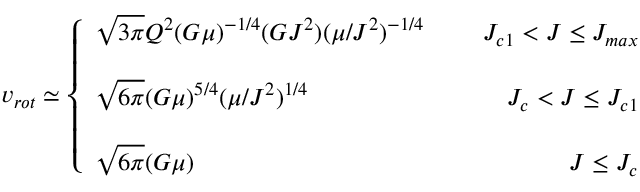
v _ { r o t } \simeq \left\{ \begin{array} { l r } { { \sqrt { 3 \pi } Q ^ { 2 } ( G \mu ) ^ { - 1 / 4 } ( G J ^ { 2 } ) ( \mu / J ^ { 2 } ) ^ { - 1 / 4 } } } & { { \; \; \; \; \; J _ { c 1 } < J \leq J _ { m a x } } } \\ { { } } & { { } } \\ { { \sqrt { 6 \pi } ( G \mu ) ^ { 5 / 4 } ( \mu / J ^ { 2 } ) ^ { 1 / 4 } } } & { { \; \; \; \; \; J _ { c } < J \leq J _ { c 1 } } } \\ { { } } & { { } } \\ { { \sqrt { 6 \pi } ( G \mu ) } } & { { \; \; \; \; \; J \leq J _ { c } } } \end{array} \right.